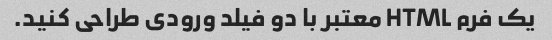
یک فرم HTML معتبر با دو فیلد ورودی طراحی کنید.